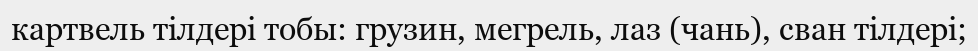
картвель тілдері тобы: грузин, мегрель, лаз (чань), сван тілдері;